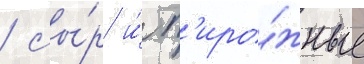
/ сы́р и́ п'иро́жные